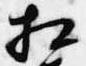
相